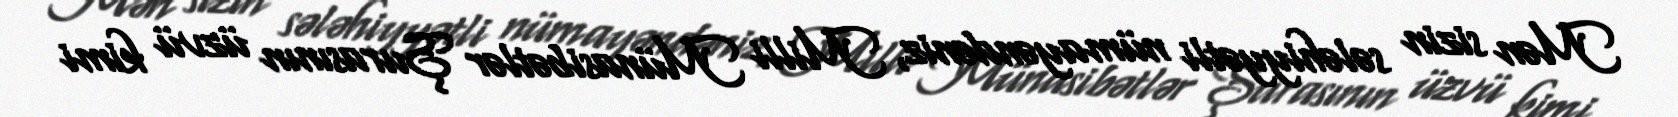
Mən sizin sələhiyyətli nümayəndəniz, Milli Münasibətlər Şurasının üzvü kimi